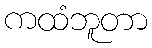
ကထံဘူတာ